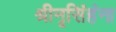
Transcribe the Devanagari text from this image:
श्रीनृसिंहंना